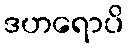
ဒဟရောပိ